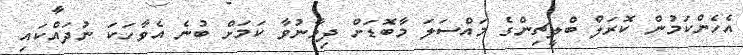
އެހެންކަމުން ކޮރަލް ބްލީޗިންގެ މައްސަލަ މާބޮޑަށް ދިމާނުވާ ކަމަށް ބުނެ އެވާހަކަ ނުދައްކައި